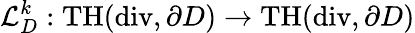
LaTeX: \mathcal{L}_{D}^{k}:\mathrm{TH}(\mathrm{div},\partial D)\rightarrow\mathrm{TH}(\mathrm{div},\partial D)